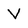
Character: V